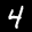
Label: 4